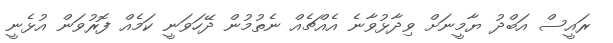
ރައީސް އަބްދު ޔާމީނަށް ވިދާޅުވާނެ އެއްޗެއް ނެތުމުން ދޭހަވަނީ ކަމެއް ފޮރުވަން އުޅެނީ